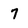
Character: 7